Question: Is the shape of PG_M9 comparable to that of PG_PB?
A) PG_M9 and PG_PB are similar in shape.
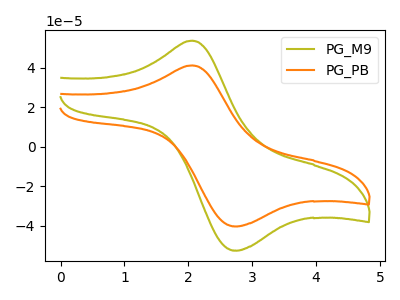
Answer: <think>The olive curve "PG_M9" has an anodic peak at (2.05V, 53.75uA) and a cathodic peak at (2.80V, -52.50uA). The orange curve "PG_PB" has an anodic peak at (2.05V, 41.20uA) and a cathodic peak at (2.80V, -40.25uA).
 All the peaks in "PG_M9" have a peak in "PG_PB" at the same potential. Every peak in "PG_M9" is higher than every peak in "PG_PB".</think>
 <answer>A) "PG_M9" and "PG_PB" are similar in shape.</answer>
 <eval>A</eval>